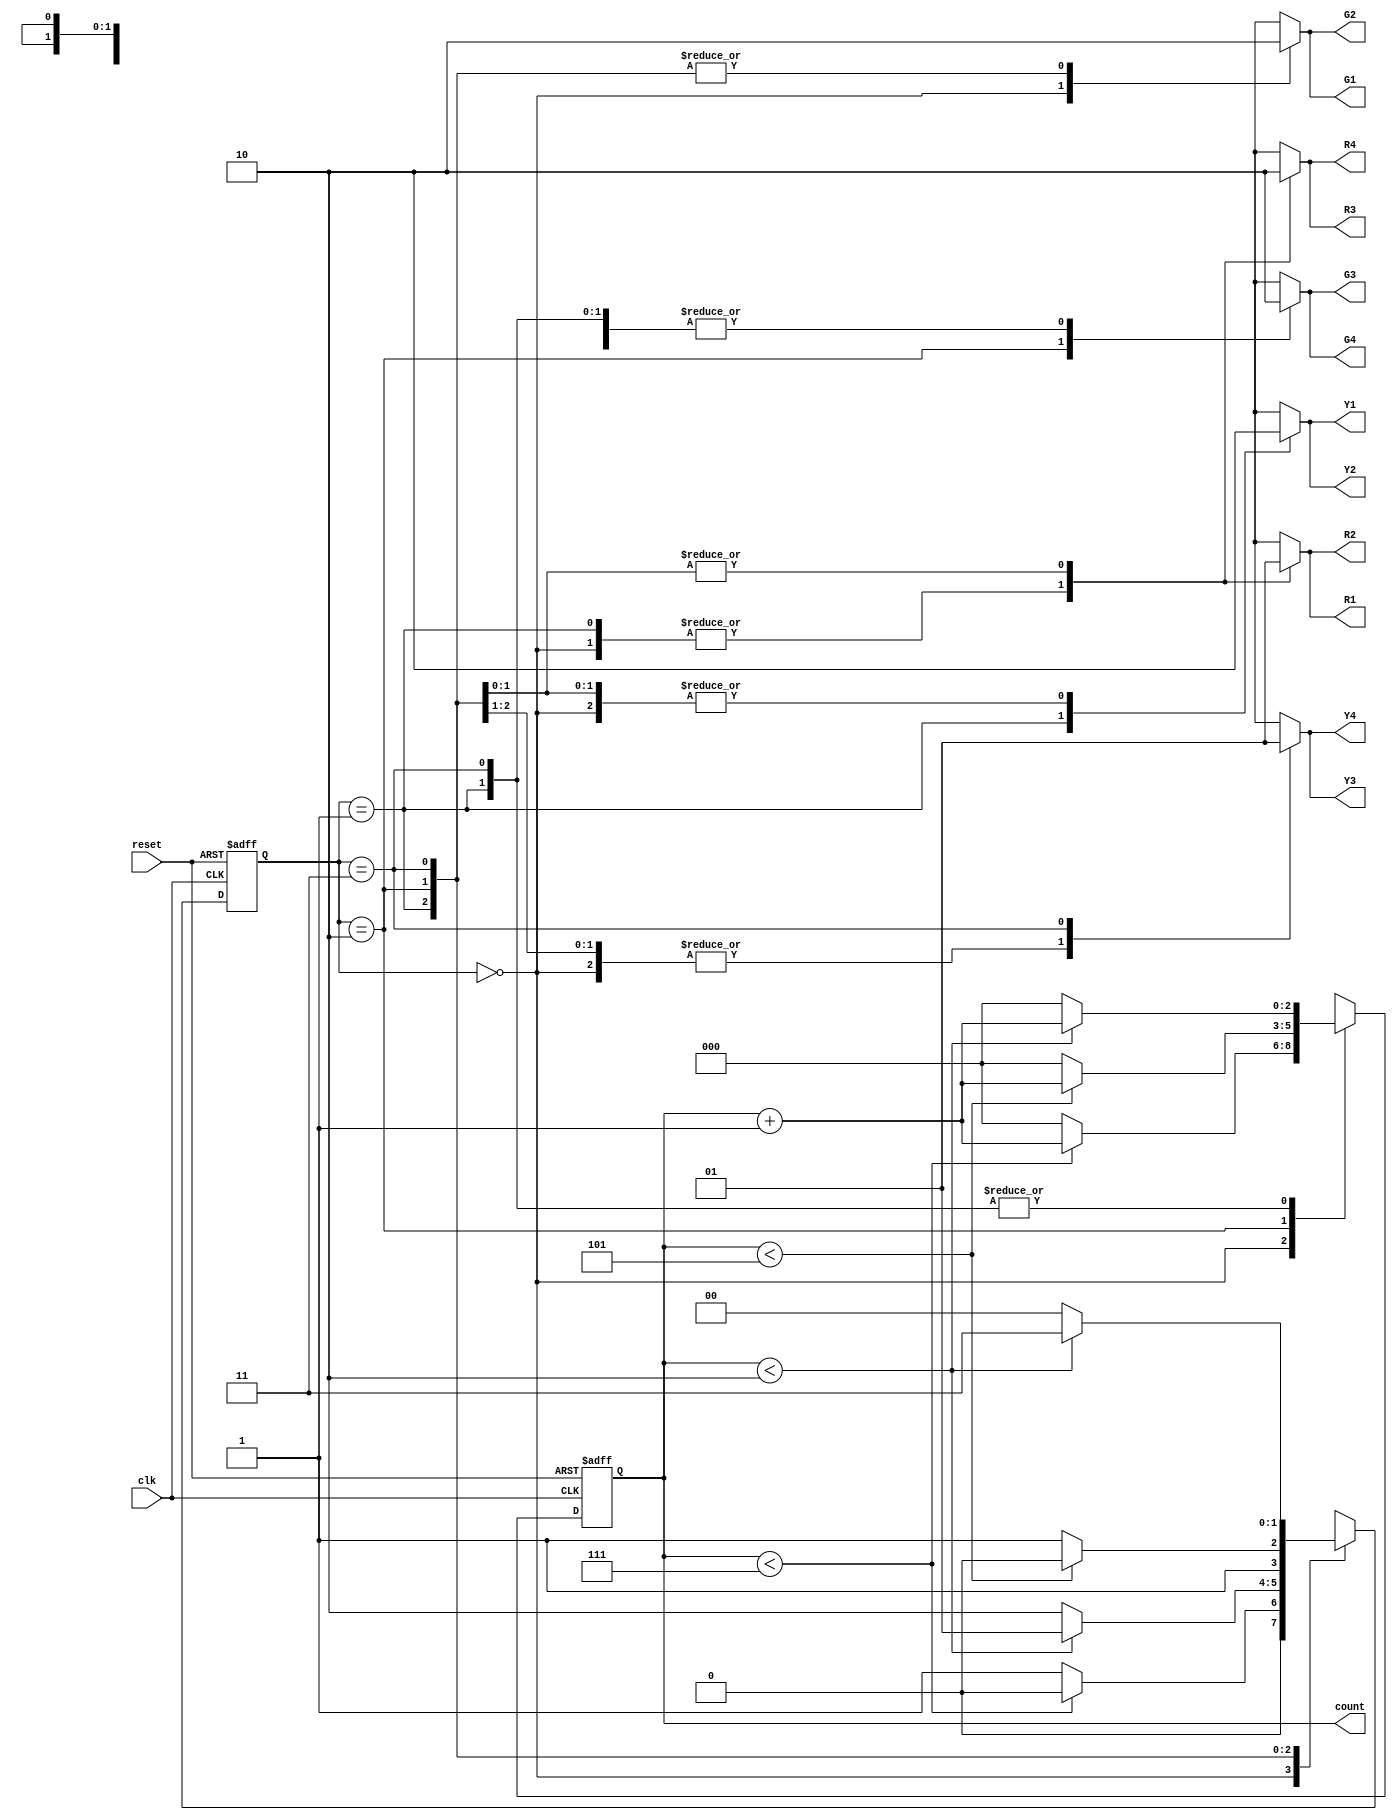

module traffic_light_controller(clk,reset,count,R1,Y1,G1,R2,Y2,G2,R3,Y3,G3,R4,Y4,G4);

input clk, reset;
output reg [2:0] count ;
output reg R1;
output reg Y1; 
output reg G1 ;
output reg R2,Y2,G2 ;
output reg R3,Y3,G3 ;
output reg R4,Y4,G4 ;

parameter [1:0] state1 = 2'b00;
parameter [1:0] state2 = 2'b01;
parameter [1:0] state3 = 2'b10;
parameter [1:0] state4 = 2'b11;

reg [1:0] state ;
parameter [2:0] delay7 = 3'b111;
parameter [2:0] delay5 = 3'b101 ;
parameter [2:0] delay2 = 3'b010;




always@(posedge clk or posedge reset) begin
    if(reset) begin
      state <= state1;
      count <= 0;
    end
    
    else begin
    
    case(state)
    
    state1  :  if(count < delay7)begin
                  state <= state1;
                  count <= count + 1'b1 ;
               end 
               else begin
                 state <= state2;
                 count <= 3'b0 ;
               end
               
    state2  :  if(count < delay2)begin
                  state <= state2;
                  count <= count + 3'b1 ;
               end
               else begin
                  state <= state3;
                  count <= 3'b0;
               end
               
    state3  :  if(count < delay5)begin
                  state <= state3;
                  count <= count + 3'b1 ;
               end
               else begin
                  state <= state4;
                  count <= 3'b0;
               end             

    state4  :  if(count < delay2)begin
                  state <= state4;
                  count <= count + 3'b1 ;
               end
               else begin
                  state <= state1;
                  count <= 3'b0;
               end
    default :  state <= state1;
    
     endcase
    end 
   end
  
  always@(state)
  
    begin
    
      case(state)
      
      state1  : begin
                  R1 <= 1'b0;
                  Y1 <= 1'b0;
                  G1 <= 1'b1;
                  R2 <= 1'b0 ;
                  Y2 <= 1'b0;
                  G2 <= 1'b1;
                  R3 <= 1'b1;
                  Y3 <= 1'b0;
                  G3 <= 1'b0;
                  R4 <= 1'b1;
                  Y4 <= 1'b0;
                  G4 <= 1'b0;
                  
                end 
                
      state2  : begin
                  R1 <= 1'b0;
                  Y1 <= 1'b1;
                  G1 <= 1'b0;
                  R2 <= 1'b0 ;
                  Y2 <= 1'b1;
                  G2 <= 1'b0;
                  R3 <= 1'b1;
                  Y3 <= 1'b0;
                  G3 <= 1'b0;
                  R4 <= 1'b1;
                  Y4 <= 1'b0;
                  G4 <= 1'b0;
                  
                end 
                
      state3  : begin
                  R1 <= 1'b1;
                  Y1 <= 1'b0;
                  G1 <= 1'b0;
                  R2 <= 1'b1 ;
                  Y2 <= 1'b0;
                  G2 <= 1'b0;
                  R3 <= 1'b0;
                  Y3 <= 1'b0;
                  G3 <= 1'b1;
                  R4 <= 1'b0;
                  Y4 <= 1'b0;
                  G4 <= 1'b1;
                  
                end 
                
      state4  : begin
                  R1 <= 1'b1;
                  Y1 <= 1'b0;
                  G1 <= 1'b0;
                  R2 <= 1'b1 ;
                  Y2 <= 1'b0;
                  G2 <= 1'b0;
                  R3 <= 1'b0;
                  Y3 <= 1'b1;
                  G3 <= 1'b0;
                  R4 <= 1'b0;
                  Y4 <= 1'b1;
                  G4 <= 1'b0;
                  
                end 
               
      default : begin
                  R1 <= 1'b0;
                  Y1 <= 1'b0;
                  G1 <= 1'b0;
                  R2 <= 1'b0 ;
                  Y2 <= 1'b0;
                  G2 <= 1'b0;
                  R3 <= 1'b0;
                  Y3 <= 1'b0;
                  G3 <= 1'b0;
                  R4 <= 1'b0;
                  Y4 <= 1'b0;
                  G4 <= 1'b0;
                  
                end 
                
      endcase
    end
endmodule